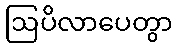
ဩပိလာပေတွာ